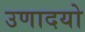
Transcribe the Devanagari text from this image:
उणादयो